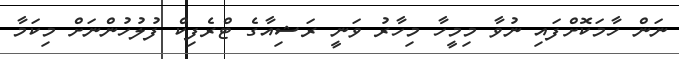
ނަން ހާމަކޮށްފައި ނުވާ މިމީހާ މިހާރު ވަނީ ރަޝިއާގެ ޓްރެފިކް ފުލުހުންނަށް މިކަމާ